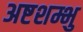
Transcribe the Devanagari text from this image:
अष्टशम्भु